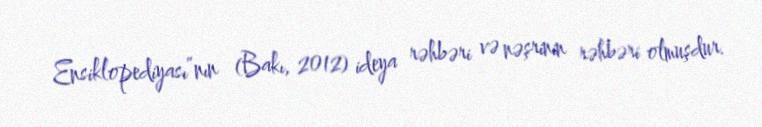
Ensiklopediyası”nın (Bakı, 2012) ideya rəhbəri və nəşrinin rəhbəri olmuşdur.